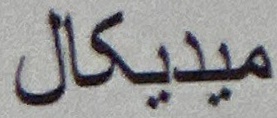
ميديكال